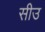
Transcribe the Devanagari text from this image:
सीउ